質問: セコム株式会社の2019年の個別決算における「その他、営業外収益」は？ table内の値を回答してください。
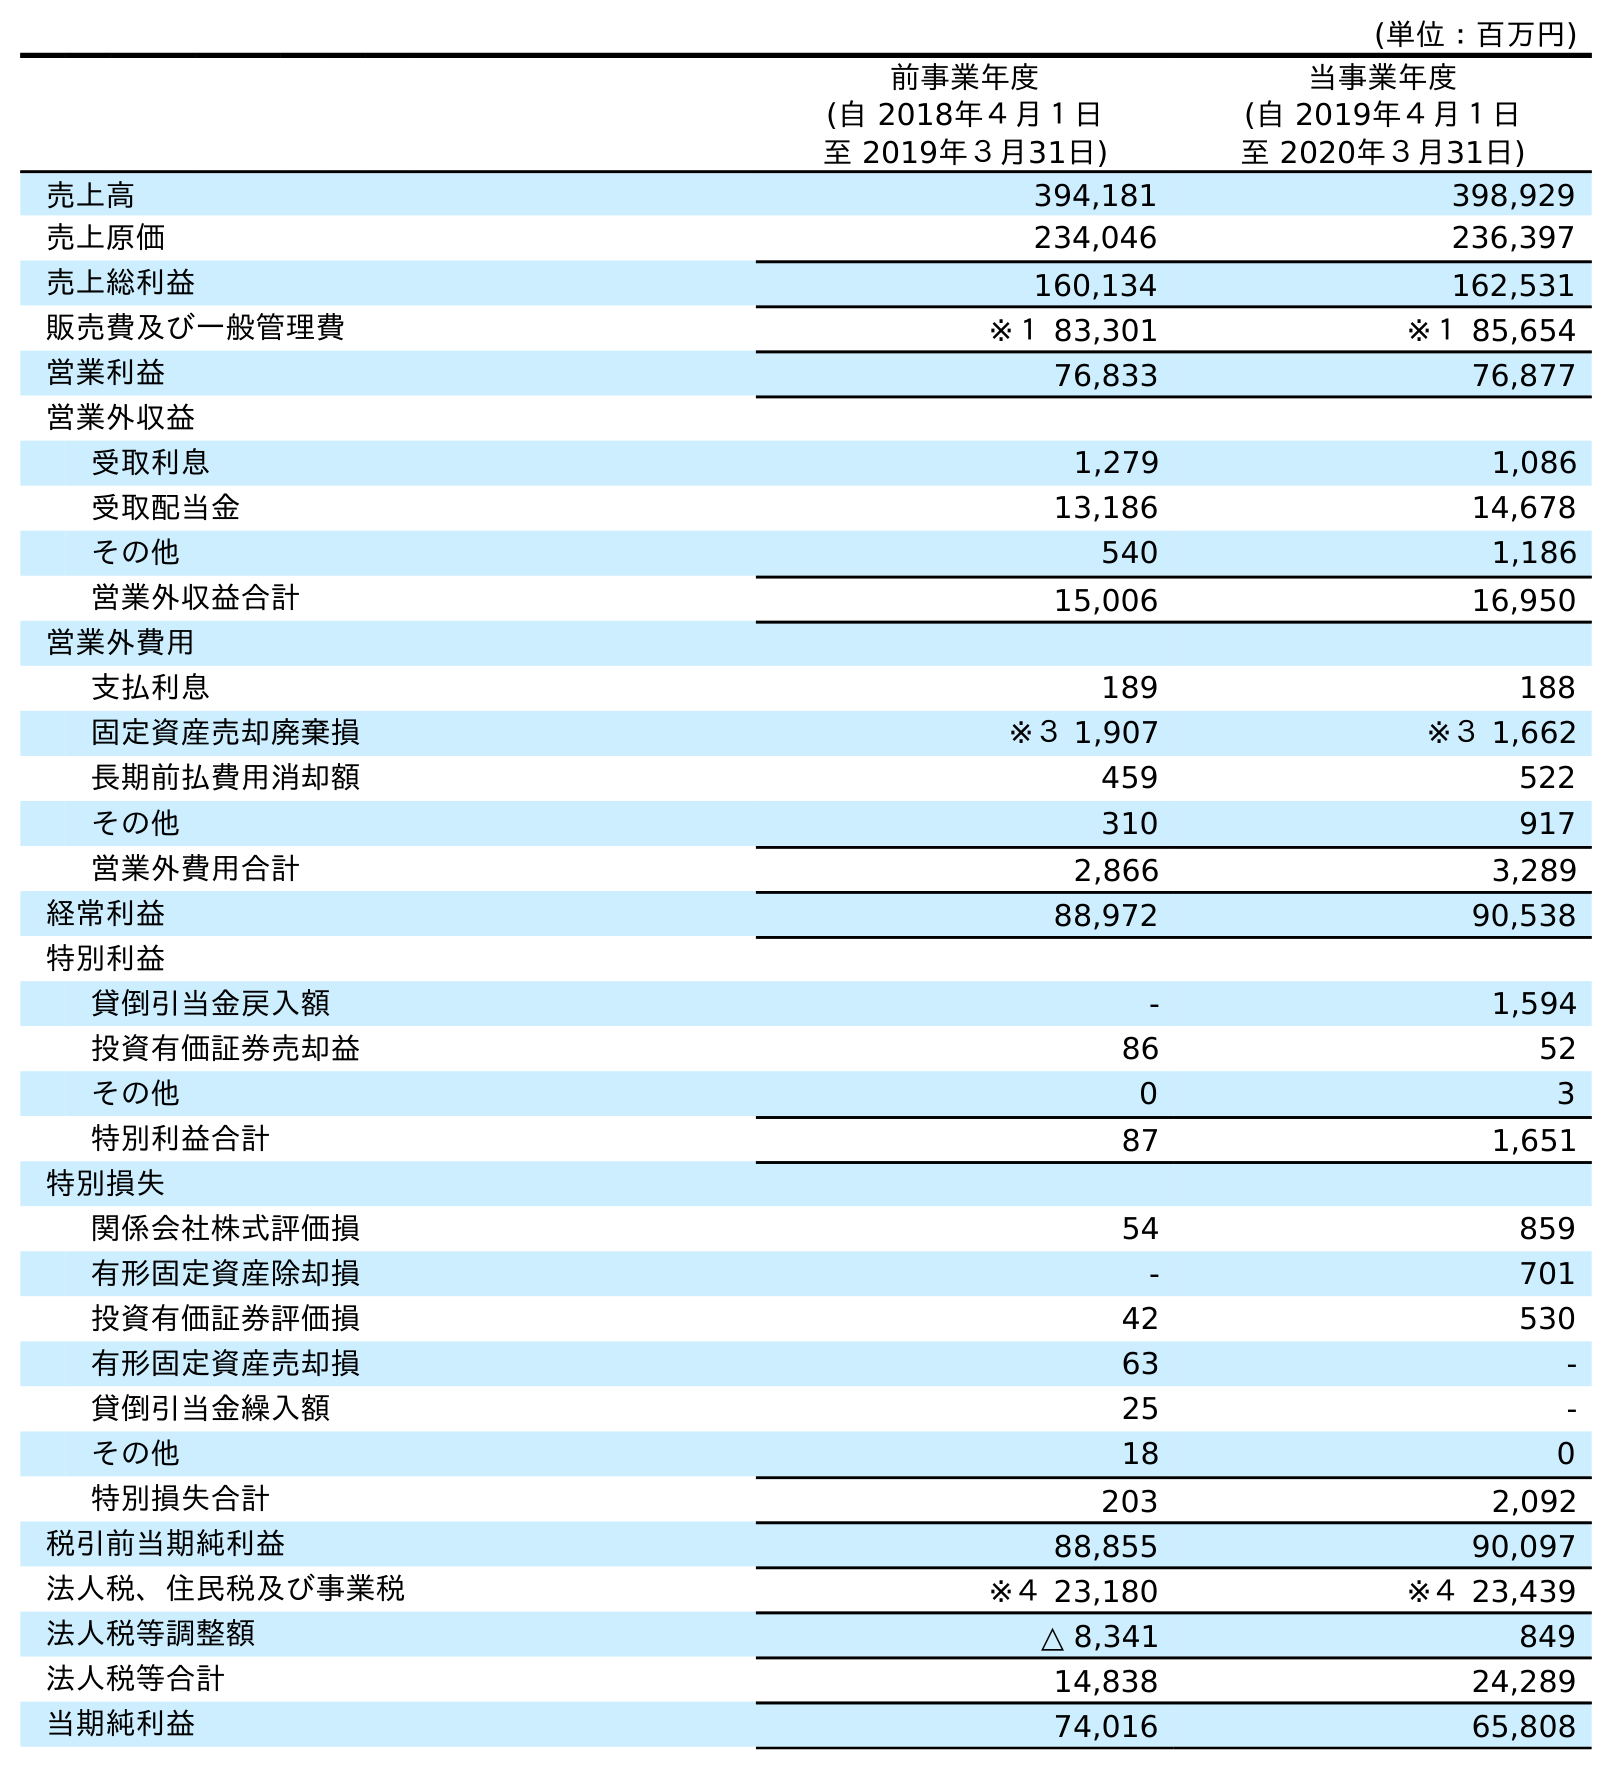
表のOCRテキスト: (単位：百万円) 前事業年度 (自 2018年４月１日 至 2019年３月31日) 当事業年度 (自 2019年４月１日 至 2020年３月31日) 売上高 394,181 398,929 売上原価 234,046 236,397 売上総利益 160,134 162,531 販売費及び一般管理費 ※１ 83,301 ※１ 85,654 営業利益 76,833 76,877 営業外収益 受取利息 1,279 1,086 受取配当金 13,186 14,678 その他 540 1,186 営業外収益合計 15,006 16,950 営業外費用 支払利息 189 188 固定資産売却廃棄損 ※３ 1,907 ※３ 1,662 長期前払費用消却額 459 522 その他 310 917 営業外費用合計 2,866 3,289 経常利益 88,972 90,538 特別利益 貸倒引当金戻入額 - 1,594 投資有価証券売却益 86 52 その他 0 3 特別利益合計 87 1,651 特別損失 関係会社株式評価損 54 859 有形固定資産除却損 - 701 投資有価証券評価損 42 530 有形固定資産売却損 63 - 貸倒引当金繰入額 25 - その他 18 0 特別損失合計 203 2,092 税引前当期純利益 88,855 90,097 法人税、住民税及び事業税 ※４ 23,180 ※４ 23,439 法人税等調整額 △ 8,341 849 法人税等合計 14,838 24,289 当期純利益 74,016 65,808
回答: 540